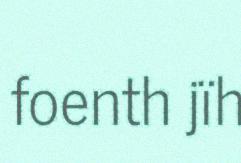
foenth jïh